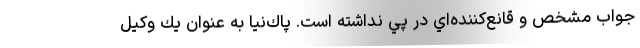
جواب مشخص و قانع‌كننده‌اي در پي نداشته است. پاك‌نيا به عنوان يك وكيل